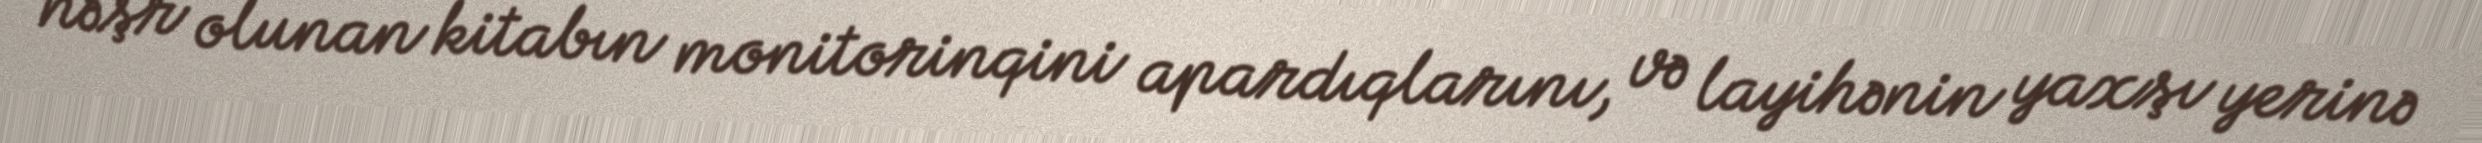
nəşr olunan kitabın monitorinqini apardıqlarını, və layihənin yaxşı yerinə